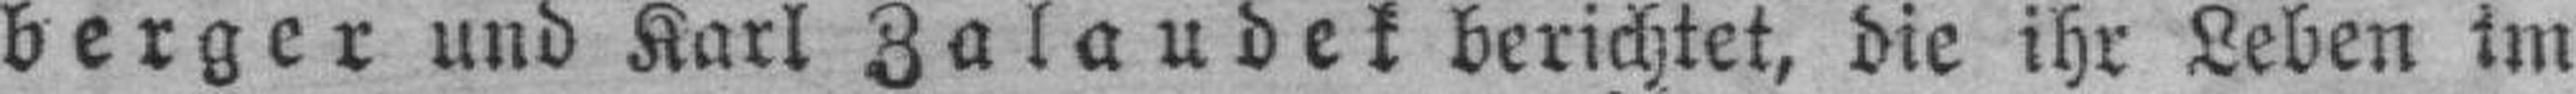
berger und Karl Zalaudek berichtet, die ihr Leben im